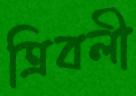
ত্রিবলী